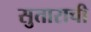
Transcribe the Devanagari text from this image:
सुताराची